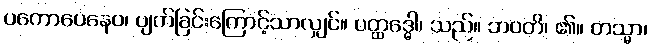
ပကောပေနေဝ၊ ပျက်ခြင်းကြောင့်သာလျှင်။ ပတ္ထဒ္ဓေါ၊ သည်။ ဘဝတိ၊ ၏။ တသ္မာ၊